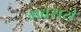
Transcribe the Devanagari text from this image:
गबराये